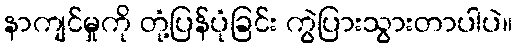
နာကျင်မှုကို တုံ့ပြန်ပုံခြင်း ကွဲပြားသွားတာပါပဲ။